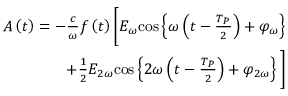
\begin{array} { r } { A \left( t \right) = - \frac { c } { \omega } f \left( t \right) \Bigg [ E _ { \omega } { \cos } \left\{ \omega \left( t - \frac { T _ { P } } { 2 } \right) + \varphi _ { \omega } \right\} } \\ { + \frac { 1 } { 2 } E _ { 2 \omega } { \cos } \left\{ 2 \omega \left( t - \frac { T _ { P } } { 2 } \right) + \varphi _ { 2 \omega } \right\} \Bigg ] } \end{array}